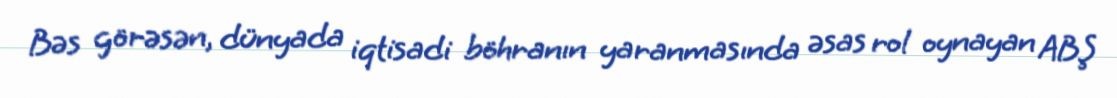
Bəs görəsən, dünyada iqtisadi böhranın yaranmasında əsas rol oynayan ABŞ